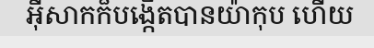
អ៊ីសាកក៏បង្កើតបានយ៉ាកុប ហើយ